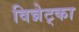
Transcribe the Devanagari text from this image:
विन्नेट्का